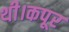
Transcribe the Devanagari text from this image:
थी।कपूर